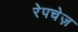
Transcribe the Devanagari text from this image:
रेपचेज़